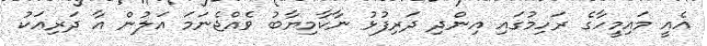
އެއީ މައިމީހާގެ ރަހިމުގައި އިންދި ދަރިފުޅު ނާކާމިޔާބު ވެއްޖެނަމަ އަލުން އާ ދަރިއަކު